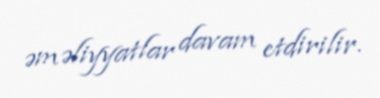
əməliyyatlar davam etdirilir.